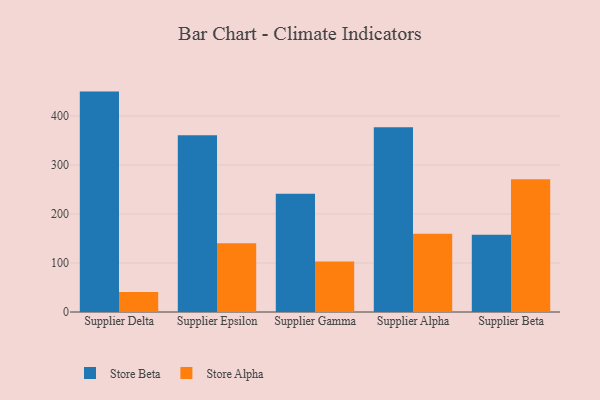
{"axis": {"x": "Supplier", "y": "Churn Rate (%)"}, "legend": ["Store Alpha", "Store Beta"], "data": [{"x": "Supplier Delta", "y": 449.6, "type": "Store Beta"}, {"x": "Supplier Delta", "y": 40.6, "type": "Store Alpha"}, {"x": "Supplier Epsilon", "y": 360.7, "type": "Store Beta"}, {"x": "Supplier Epsilon", "y": 140.2, "type": "Store Alpha"}, {"x": "Supplier Gamma", "y": 241.3, "type": "Store Beta"}, {"x": "Supplier Gamma", "y": 103.2, "type": "Store Alpha"}, {"x": "Supplier Alpha", "y": 376.7, "type": "Store Beta"}, {"x": "Supplier Alpha", "y": 159.5, "type": "Store Alpha"}, {"x": "Supplier Beta", "y": 157.6, "type": "Store Beta"}, {"x": "Supplier Beta", "y": 270.8, "type": "Store Alpha"}]}